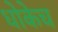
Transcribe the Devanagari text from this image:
धोकेच